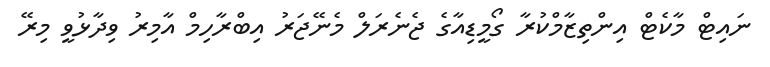
ނައިޓް މާކެޓް އިންތިޒާމްކުރާ ގޯމީޑިއާގެ ޖެނެރަލް މެނޭޖަރު އިބްރާހިމް އާމިރު ވިދާޅުވީ މިރޭ